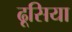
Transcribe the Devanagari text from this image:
ढूसिया